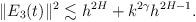
LaTeX: \begin{align*}\|E_3(t)\|^2\lesssim h^{2H}+k^{2\gamma}h^{2H-1}.\end{align*}